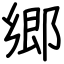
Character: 郷